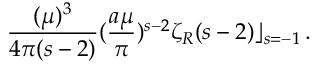
\frac { ( \mu ) ^ { 3 } } { 4 \pi ( s - 2 ) } ( \frac { a \mu } { \pi } ) ^ { s - 2 } { \zeta } _ { R } ( s - 2 ) \rfloor _ { s = - 1 } \, .